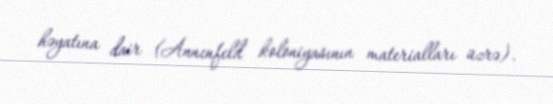
həyatına dair (Annenfeld koloniyasının materialları üzrə).